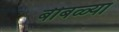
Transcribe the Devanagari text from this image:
बीबळ्या